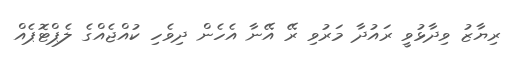
ރިޔާޒު ވިދާޅުވީ ރައުދާ މަރުވި ރޭ އޭނާ އެހެން ދިވެހި ކުއްޖެއްގެ ލެޕްޓޮޕެއް